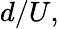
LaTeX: d/U,